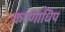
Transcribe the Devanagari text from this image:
करणाधिप